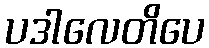
ပဒါလေတိပေ